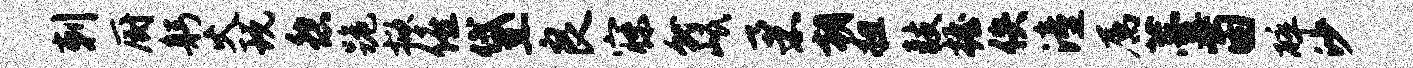
剌厨躬火玩怨跪掀僖黛良寐就岷柔朝粗鼓握佚潼属薹茵碎沙